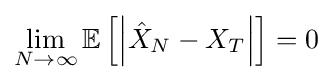
\lim _{N\to \infty }\mathbb {E} \left[\left|{\hat {X}}_{N}-X_{T}\right|\right]=0